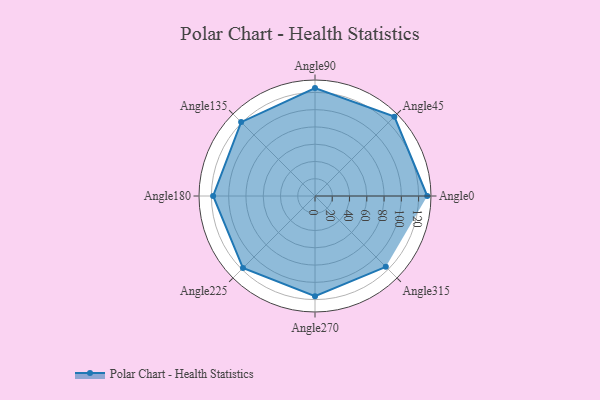
{"axis": {"x": "Angle", "y": "Radius"}, "legend": [""], "data": [{"x": "Angle0", "y": 130.0, "type": ""}, {"x": "Angle45", "y": 130.0, "type": ""}, {"x": "Angle90", "y": 125.0, "type": ""}, {"x": "Angle135", "y": 121.0, "type": ""}, {"x": "Angle180", "y": 118.0, "type": ""}, {"x": "Angle225", "y": 118.0, "type": ""}, {"x": "Angle270", "y": 116.0, "type": ""}, {"x": "Angle315", "y": 116.0, "type": ""}]}